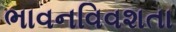
ભાવનવિવશતા